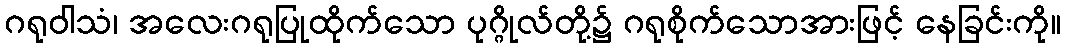
ဂရုဝါသံ၊ အလေးဂရုပြုထိုက်သော ပုဂ္ဂိုလ်တို့၌ ဂရုစိုက်သောအားဖြင့် နေခြင်းကို။